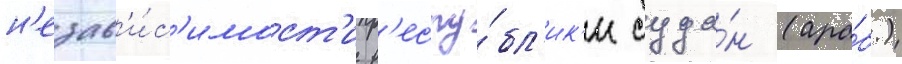
н'езав'и́с'имост'и р'еспу́бл'ик'и суда́н (ара́б.)